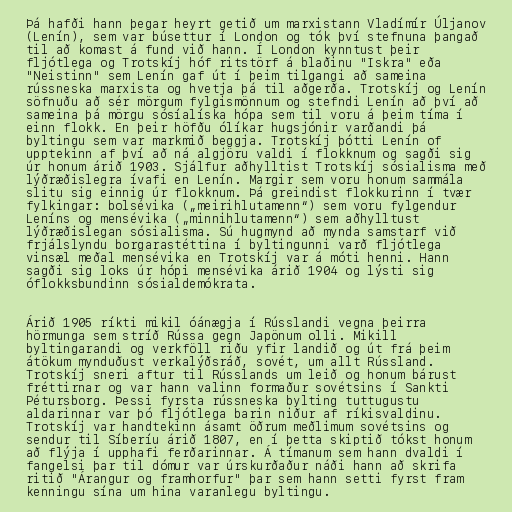
Þá hafði hann þegar heyrt getið um marxistann Vladímír Úljanov
(Lenín), sem var búsettur í London og tók því stefnuna þangað
til að komast á fund við hann. Í London kynntust þeir
fljótlega og Trotskíj hóf ritstörf á blaðinu "Iskra" eða
"Neistinn" sem Lenín gaf út í þeim tilgangi að sameina
rússneska marxista og hvetja þá til aðgerða. Trotskíj og Lenín
söfnuðu að sér mörgum fylgismönnum og stefndi Lenín að því að
sameina þá mörgu sósíalíska hópa sem til voru á þeim tíma í
einn flokk. En þeir höfðu ólíkar hugsjónir varðandi þá
byltingu sem var markmið beggja. Trotskíj þótti Lenín of
upptekinn af því að ná algjöru valdi í flokknum og sagði sig
úr honum árið 1903. Sjálfur aðhylltist Trotskíj sósialisma með
lýðræðislegra ívafi en Lenín. Margir sem voru honum sammála
slitu sig einnig úr flokknum. Þá greindist flokkurinn í tvær
fylkingar: bolsévika („meirihlutamenn“) sem voru fylgendur
Leníns og mensévika („minnihlutamenn“) sem aðhylltust
lýðræðislegan sósialisma. Sú hugmynd að mynda samstarf við
frjálslyndu borgarastéttina í byltingunni varð fljótlega
vinsæl meðal mensévika en Trotskíj var á móti henni. Hann
sagði sig loks úr hópi mensévika árið 1904 og lýsti sig
óflokksbundinn sósialdemókrata.

Árið 1905 ríkti mikil óánægja í Rússlandi vegna þeirra
hörmunga sem stríð Rússa gegn Japönum olli. Mikill
byltingarandi og verkföll riðu yfir landið og út frá þeim
átökum mynduðust verkalýðsráð, sovét, um allt Rússland.
Trotskíj sneri aftur til Rússlands um leið og honum bárust
fréttirnar og var hann valinn formaður sovétsins í Sankti
Pétursborg. Þessi fyrsta rússneska bylting tuttugustu
aldarinnar var þó fljótlega barin niður af ríkisvaldinu.
Trotskíj var handtekinn ásamt öðrum meðlimum sovétsins og
sendur til Síberíu árið 1807, en í þetta skiptið tókst honum
að flýja í upphafi ferðarinnar. Á tímanum sem hann dvaldi í
fangelsi þar til dómur var úrskurðaður náði hann að skrifa
ritið "Árangur og framhorfur" þar sem hann setti fyrst fram
kenningu sína um hina varanlegu byltingu.